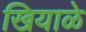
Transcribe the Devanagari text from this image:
खियाळे